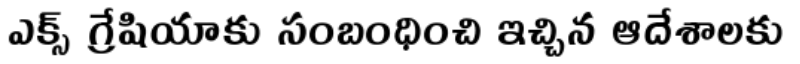
ఎక్స్ గ్రేషియాకు సంబంధించి ఇచ్చిన ఆదేశాలకు